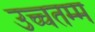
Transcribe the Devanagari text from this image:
उच्चतम्म